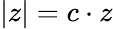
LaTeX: |z|=c\cdot z